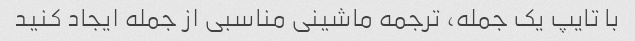
با تایپ یک جمله، ترجمه ماشینی مناسبی از جمله ایجاد کنید